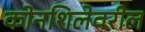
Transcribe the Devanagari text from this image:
कोनशिलेवरील